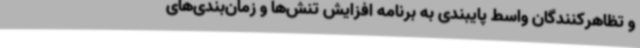
و تظاهرکنندگان واسط پایبندی به برنامه افزایش تنش‌ها و زمان‌بندی‌های